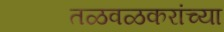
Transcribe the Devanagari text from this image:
तळवळकरांच्या